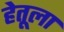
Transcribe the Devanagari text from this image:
हेतूला